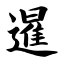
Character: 暹